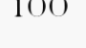
100